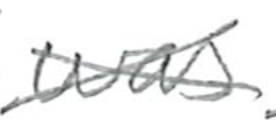
Text: was
Cross-out: cross
Writing tool: pencil